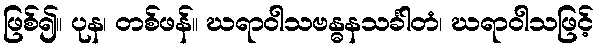
ဖြစ်၍။ ပုန၊ တစ်ဖန်။ ဃရာဝါသဗန္ဓနသင်္ခါတံ၊ ဃရာဝါသဖြင့်